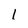
Character: I